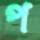
প